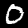
Digit: 0